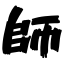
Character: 師